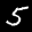
Label: 5